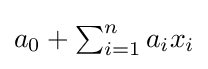
a_{0}+\textstyle \sum _{i=1}^{n}a_{i}x_{i}